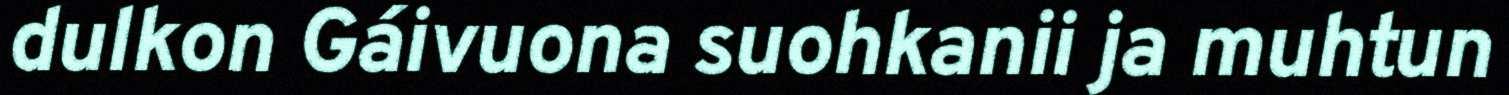
dulkon Gáivuona suohkanii ja muhtun